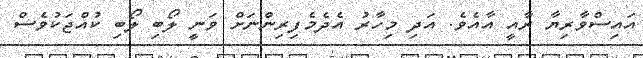
އައިސްވާރިޔާ ރާއީ އާއެވެ. އަދި މިހާރު އެދެމެފިރިންނަށް ވަނީ ލޯބި ލޯބި ކުއްޖަކުވެސް